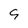
Character: 9